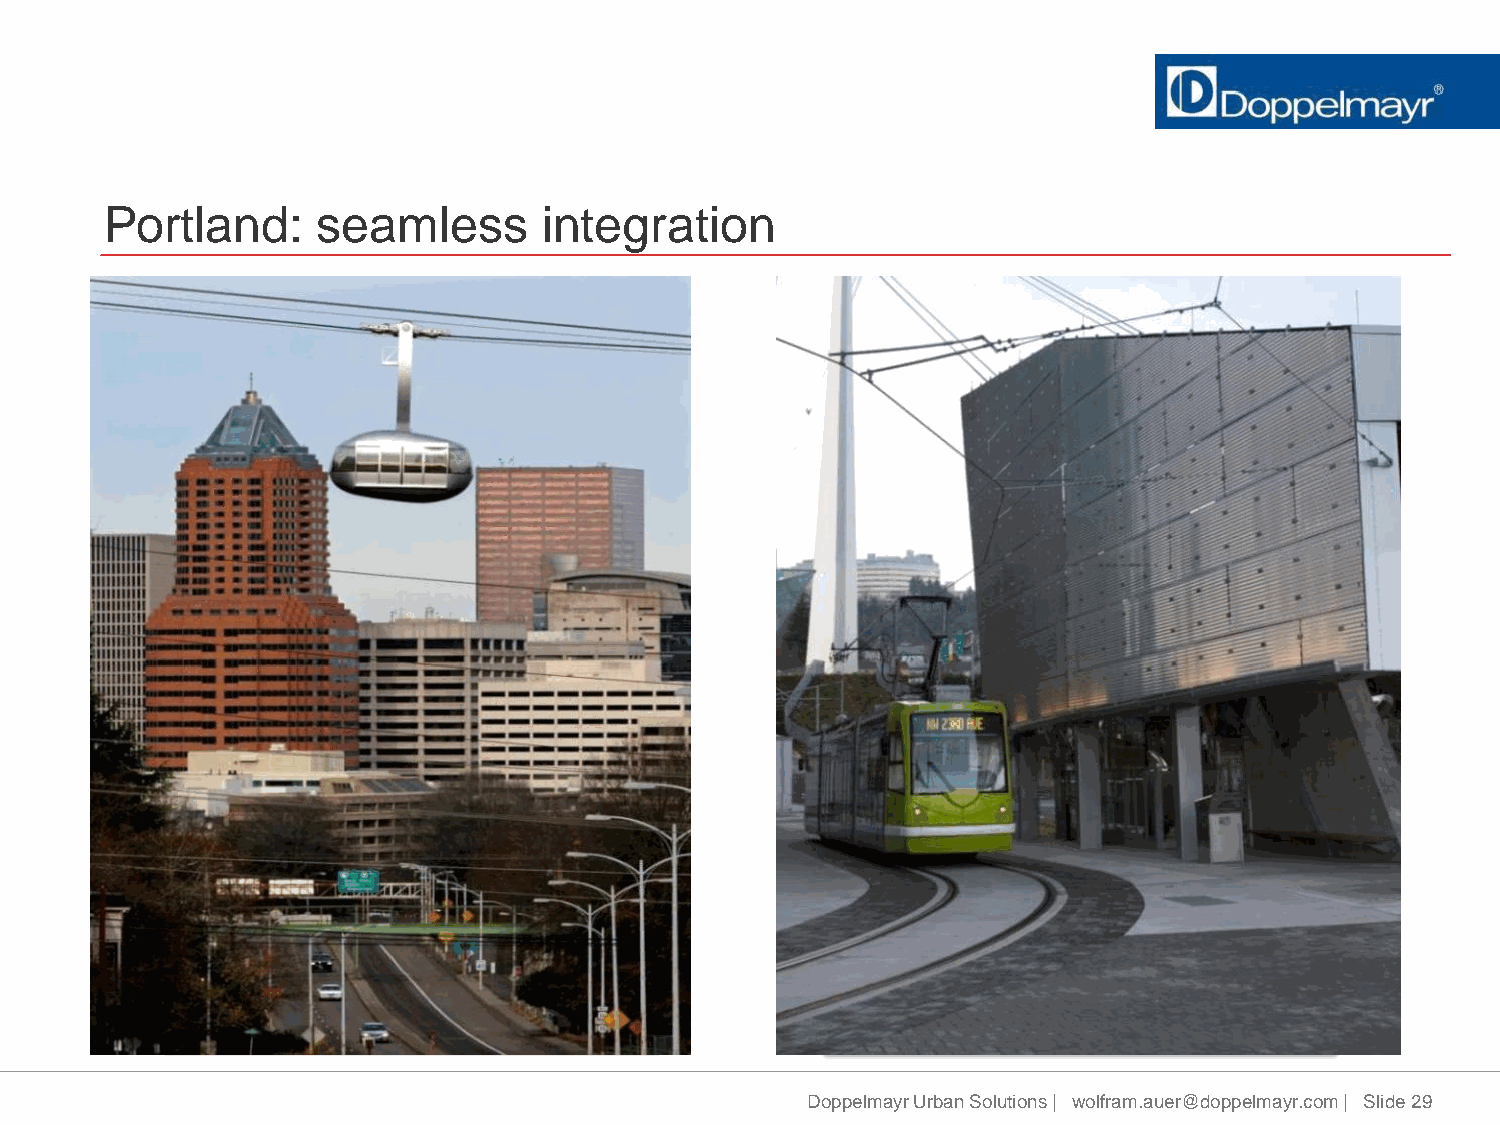
Portland:     seamless       integration
 Source: Flickr. Photo: cleverdame107
 Doppelmayr Urban Solutions | wolfram.auer@doppelmayr.com | Slide 29